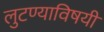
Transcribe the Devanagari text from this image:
लुटण्याविषयी